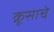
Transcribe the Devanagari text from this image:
क्रूसाचे